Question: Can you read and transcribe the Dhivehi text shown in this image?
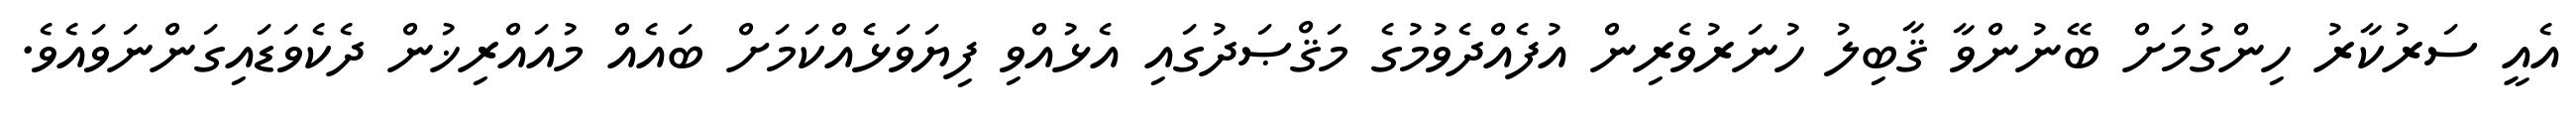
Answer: އެއީ ސަރުކާރު ހިންގުމަށް ބޭނުންވާ ޤާބިލު ހުނަރުވެރިން އުފެއްދެވުމުގެ މަޤްޞަދުގައި އެޅުއްވި ފިޔަވަޅެއްކަމަށް ބައެއް މުއައްރިޚުން ދެކެވަޑައިގަންނަވައެވެ.